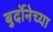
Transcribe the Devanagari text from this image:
बुर्दोनेच्या